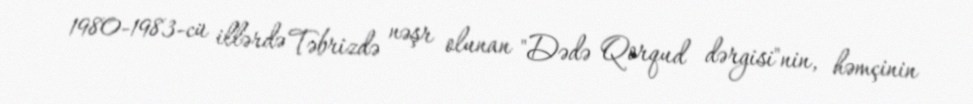
1980-1983-cü illərdə Təbrizdə nəşr olunan "Dədə Qorqud dərgisi"nin, həmçinin